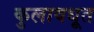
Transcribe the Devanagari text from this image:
कुलावधूत